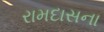
રામદાસના